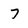
Character: 7